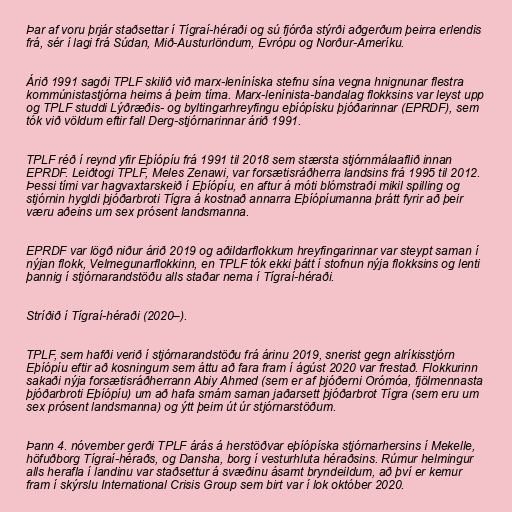
Þar af voru þrjár staðsettar í Tígraí-héraði og sú fjórða stýrði aðgerðum þeirra erlendis
frá, sér í lagi frá Súdan, Mið-Austurlöndum, Evrópu og Norður-Ameríku.

Árið 1991 sagði TPLF skilið við marx-leníníska stefnu sína vegna hnignunar flestra
kommúnistastjórna heims á þeim tíma. Marx-lenínista-bandalag flokksins var leyst upp
og TPLF studdi Lýðræðis- og byltingarhreyfingu eþíópísku þjóðarinnar (EPRDF), sem
tók við völdum eftir fall Derg-stjórnarinnar árið 1991.

TPLF réð í reynd yfir Eþíópíu frá 1991 til 2018 sem stærsta stjórnmálaaflið innan
EPRDF. Leiðtogi TPLF, Meles Zenawi, var forsætisráðherra landsins frá 1995 til 2012.
Þessi tími var hagvaxtarskeið í Eþíópíu, en aftur á móti blómstraði mikil spilling og
stjórnin hygldi þjóðarbroti Tígra á kostnað annarra Eþíópíumanna þrátt fyrir að þeir
væru aðeins um sex prósent landsmanna.

EPRDF var lögð niður árið 2019 og aðildarflokkum hreyfingarinnar var steypt saman í
nýjan flokk, Velmegunarflokkinn, en TPLF tók ekki þátt í stofnun nýja flokksins og lenti
þannig í stjórnarandstöðu alls staðar nema í Tígraí-héraði.

Stríðið í Tígraí-héraði (2020–).

TPLF, sem hafði verið í stjórnarandstöðu frá árinu 2019, snerist gegn alríkisstjórn
Eþíópíu eftir að kosningum sem áttu að fara fram í ágúst 2020 var frestað. Flokkurinn
sakaði nýja forsætisráðherrann Abiy Ahmed (sem er af þjóðerni Orómóa, fjölmennasta
þjóðarbroti Eþíópíu) um að hafa smám saman jaðarsett þjóðarbrot Tígra (sem eru um
sex prósent landsmanna) og ýtt þeim út úr stjórnarstöðum.

Þann 4. nóvember gerði TPLF árás á herstöðvar eþíópíska stjórnarhersins í Mekelle,
höfuðborg Tígraí-héraðs, og Dansha, borg í vesturhluta héraðsins. Rúmur helmingur
alls herafla í landinu var staðsettur á svæðinu ásamt bryndeildum, að því er kemur
fram í skýrslu International Crisis Group sem birt var í lok október 2020.